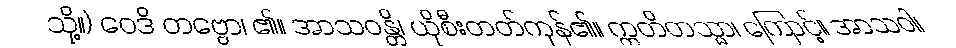
သို့။) ဝေဒိ တဗ္ဗော၊ ၏။ အာသဝန္တိ၊ ယိုစီးတတ်ကုန်၏။ ဣတိတသ္မာ၊ ကြောင့်။ အာသဝါ၊